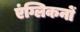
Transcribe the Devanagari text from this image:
एंग्लिकनों